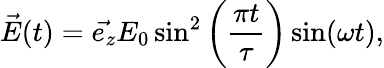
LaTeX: \vec{E}(t)=\vec{e_{z}}E_{0}\sin^{2}\left(\frac{\pi t}{\tau}\right)\sin(\omega t),